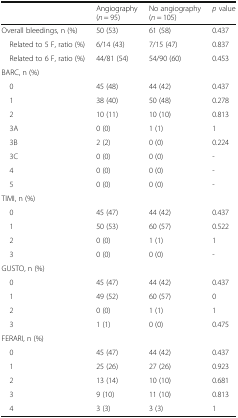
|  | Angiography (n = 95) | No angiography (n = 105) | p value |
 | --- | --- | --- | --- |
 | Overall bleedings, n (%) | 50 (53) | 61 (58) | 0.437 |
 | Related to 5 F, ratio (%) | 6/14 (43) | 7/15 (47) | 0.837 |
 | Related to 6 F, ratio (%) | 44/81 (54) | 54/90 (60) | 0.453 |
 | <COLSPAN=4> BARC, n (%) |
 | 0 | 45 (48) | 44 (42) | 0.437 |
 | 1 | 38 (40) | 50 (48) | 0.278 |
 | 2 | 10 (11) | 10 (10) | 0.813 |
 | 3A | 0 (0) | 1 (1) | 1 |
 | 3B | 2 (2) | 0 (0) | 0.224 |
 | 3C | 0 (0) | 0 (0) | - |
 | 4 | 0 (0) | 0 (0) | - |
 | 5 | 0 (0) | 0 (0) | - |
 | <COLSPAN=4> TIMI, n (%) |
 | 0 | 45 (47) | 44 (42) | 0.437 |
 | 1 | 50 (53) | 60 (57) | 0.522 |
 | 2 | 0 (0) | 1 (1) | 1 |
 | 3 | 0 (0) | 0 (0) | - |
 | <COLSPAN=4> GUSTO, n (%) |
 | 0 | 45 (47) | 44 (42) | 0.437 |
 | 1 | 49 (52) | 60 (57) | 0 |
 | 2 | 0 (0) | 1 (1) | 1 |
 | 3 | 1 (1) | 0 (0) | 0.475 |
 | <COLSPAN=4> FERARI, n (%) |
 | 0 | 45 (47) | 44 (42) | 0.437 |
 | 1 | 25 (26) | 27 (26) | 0.923 |
 | 2 | 13 (14) | 10 (10) | 0.681 |
 | 3 | 9 (10) | 11 (10) | 0.813 |
 | 4 | 3 (3) | 3 (3) | 1 |